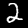
Digit: 2